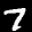
Label: 7